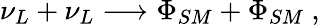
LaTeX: \nu_{L}+\nu_{L}\longrightarrow\Phi_{SM}+\Phi_{SM}\ ,